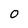
Character: 0